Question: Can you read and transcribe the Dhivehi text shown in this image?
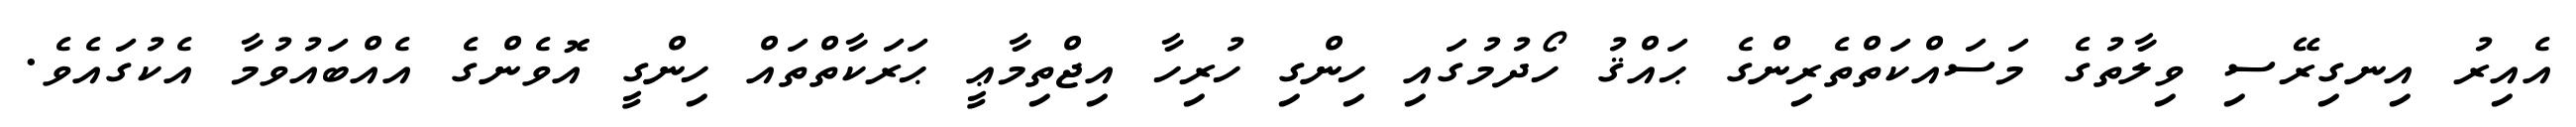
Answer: އެއިރު އިނގިރޭސި ވިލާތުގެ މަސައްކަތްތެރިންގެ ޙައްޤު ހޯދުމުގައި ހިންގި ހުރިހާ އިޖްތިމާޢީ ޙަރަކާތްތައް ހިންގީ އޮވެންގެ އެއްބައުވުމާ އެކުގައެވެ.